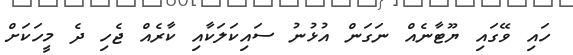
ހައި ވޭގައި ޔޫޓާނެއް ނަގަން އުޅުނު ސައިކަލަކާއި ކާރެއް ޖެހި ދެ މީހަކަށް